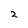
Character: 2